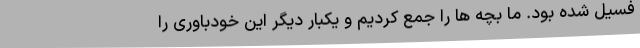
فسیل شده بود. ما بچه ها را جمع کردیم و یکبار دیگر این خودباوری را